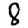
Digit: 8